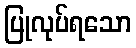
ပြုလုပ်ရသော